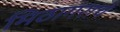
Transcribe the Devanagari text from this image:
मिठागराचे